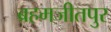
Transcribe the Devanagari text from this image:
ब्रहमजीतपुर